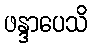
ဖန္ဒာပေသိ